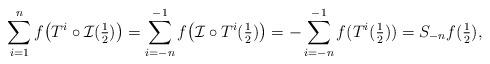
LaTeX: \begin{align*}\sum_{i=1}^{n}f\big(T^{i}\circ \mathcal I(\tfrac{1}{2})\big)=\sum_{i=-n}^{-1}f\big(\mathcal I\circ T^i(\tfrac{1}{2})\big)=-\sum_{i=-n}^{-1}f(T^i(\tfrac{1}{2}))=S_{-n}f(\tfrac{1}{2}),\end{align*}